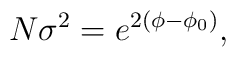
N\sigma ^{2}=e^{2(\phi -\phi _{0})},